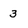
Character: 3